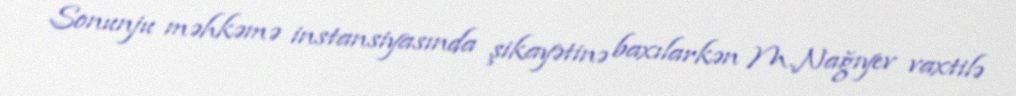
Sonunju məhkəmə instansiyasında şikayətinə baxılarkən M.Nağıyev vaxtilə